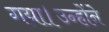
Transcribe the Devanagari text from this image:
गया।उन्होंने